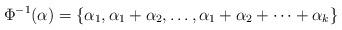
LaTeX: \begin{align*} \Phi^{-1}(\alpha)=\{\alpha_1,\alpha_1+\alpha_2,\ldots,\alpha_1+\alpha_2+\dots+\alpha_k\} \end{align*}